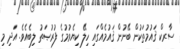
ސާރކް ޤައުމުތަކުން ބޭނުން ޤައުމެއްގައި ހިލޭ ކިޔެވުމުގެ ފުރުޞަތު ލިބެއެވެ. އަދި މި